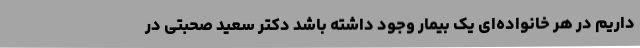
داریم در هر خانواده‌ای یک بیمار وجود داشته باشد دکتر سعید صحبتی در